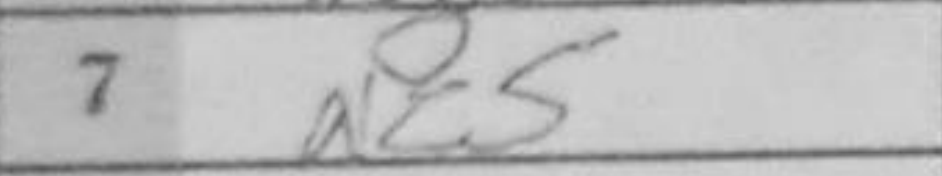
Transcription: Nc5